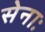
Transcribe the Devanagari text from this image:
सेनाः